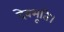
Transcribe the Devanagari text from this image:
देवभूति।